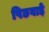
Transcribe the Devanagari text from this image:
पिछवाडे़